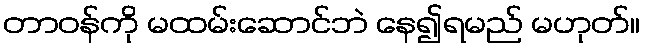
တာဝန်ကို မထမ်းဆောင်ဘဲ နေ၍ရမည် မဟုတ်။